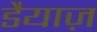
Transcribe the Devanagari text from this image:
डैयाज़